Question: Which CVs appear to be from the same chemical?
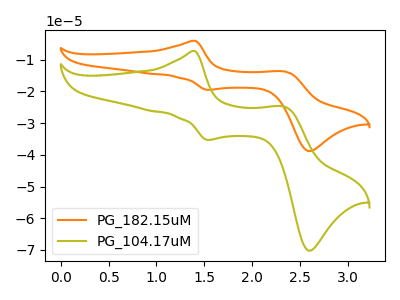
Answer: <think>The orange curve "PG_182.15uM" has anodic peaks at (1.40V, -4.05uA) (2.35V, -13.75uA) and cathodic peaks at (1.55V, -19.50uA) (2.60V, -38.80uA). The olive curve "PG_104.17uM" has anodic peaks at (1.40V, -7.30uA) (2.35V, -24.85uA) and cathodic peaks at (1.55V, -35.30uA) (2.60V, -70.20uA).
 All the peaks in "PG_182.15uM" have a peak in "PG_104.17uM" at the same potential.</think>
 <answer>"PG_104.17uM" and "PG_182.15uM" have the same shape and are likely CV's of the same chemical.</answer>
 <eval>"PG_104.17uM" "PG_182.15uM"</eval>